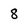
Character: 8